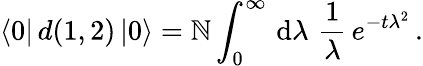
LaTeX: \langle0|\, d(1,2)\, |0\rangle={\cal\mathbb{N}}\int_{0}^{\infty}\, \mathrm{{d}}\lambda\, \, \frac{{1}}{{\lambda}}\, e^{-t\lambda^{2}}\, .